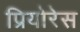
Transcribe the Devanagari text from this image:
प्रियोरेस